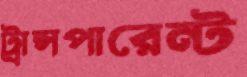
ট্রান্সপারেন্ট